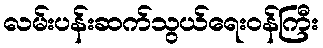
လမ်းပန်းဆက်သွယ်ရေးဝန်ကြီး